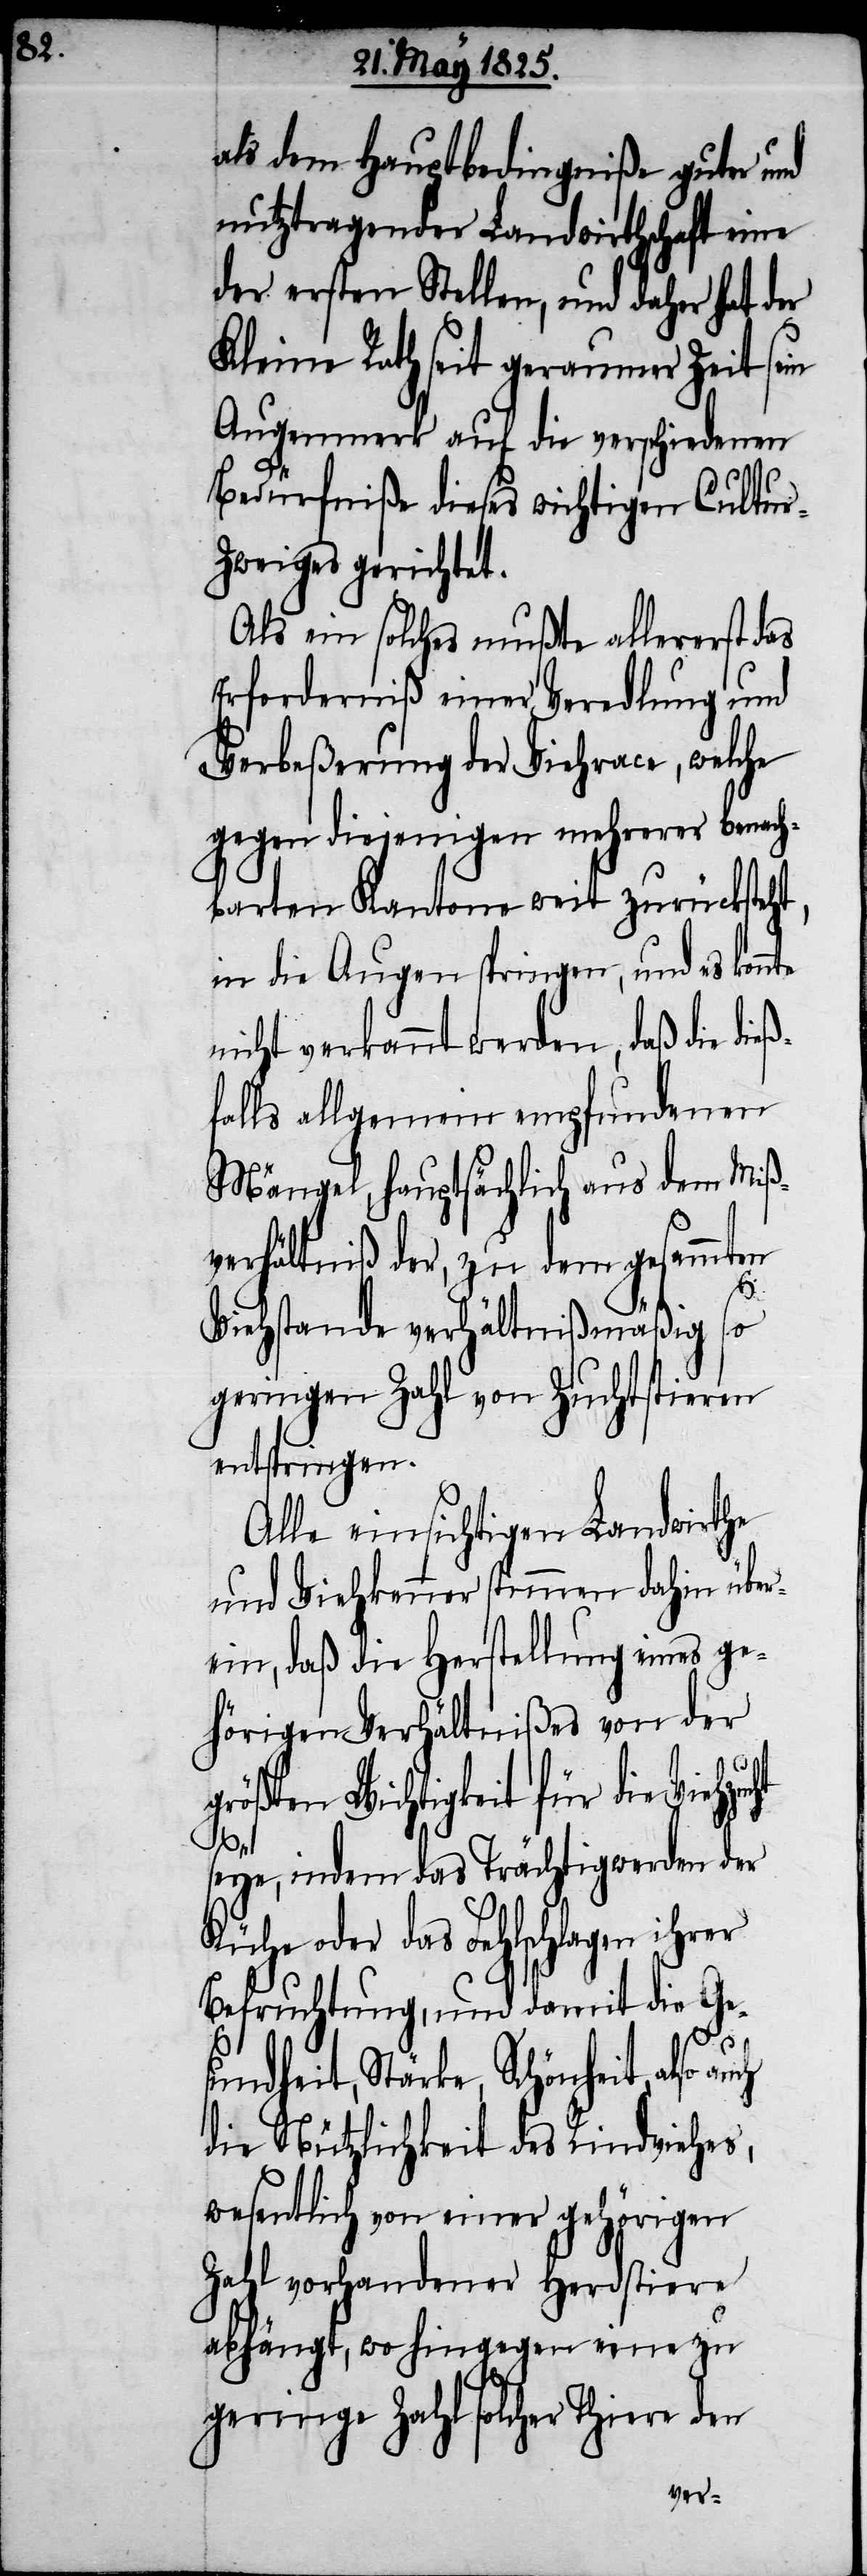
als dem Hauptbedingniße guter und
nutztragender Landwirthschaft eine
der ersten Stellen, und daher hat der
Kleine Rath seit geraumer Zeit sein
Augenmerk auf die verschiedenen
Bedürfniße dieses wichtigen Cultur-Z¬
weiges gerichtet.
Als ein solches mußte allererst das
Erforderniß einer Veredlung und
Verbeßerung der Viehrace, welche
gegen diejenigen mehrerer benach¬
barten Kantone weit zurücksteht,
in die Augen springen, und es
nicht verkannt werden, daß die dieß¬
falls allgemein empfundenen
Mängel, hauptsächlich aus dem Miß¬
verhältniß der, zu dem gesammten
Viehstande verhältnißmäßig so
geringen Zahl von Zuchtstieren
entspringen.
Alle einsichtigen Landwirthe
und Viehkenner stimmen dahin über¬
ein, daß die Herstellung eines ge¬
hörigen Verhältnißes von der
größten Wichtigkeit für die Viehzuc¬
ht
seye, indem das Trächtigwerden der
Kühe oder das Fehlschlagen ihrer
Befruchtung, und damit die Ge¬
sundheit, Stärke, Schönheit also auch
die Nützlichkeit des Rindviehes,
wesentlich von einer gehörigen
Zahl vorhandener Herdstiere
abhängt, wo hingegen eine zu
geringe Zahl solcher Thiere den